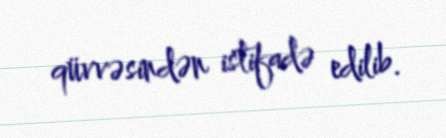
qüvvəsindən istifadə edilib.